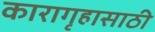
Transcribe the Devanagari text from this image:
कारागृहासाठी